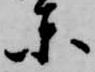
東